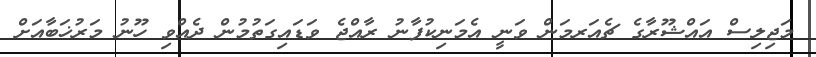
މަޖިލިސް އައްޝޫރާގެ ޗެއަރމަން ވަނީ އެމަނިކުފާނު ރާއްޖެ ވަޑައިގަތުމުން ދެއްވި ހޫނު މަރުޚަބާއަށް